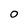
Character: O